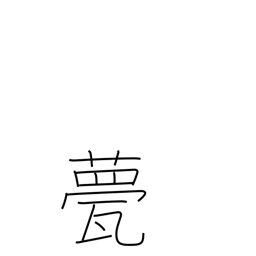
Meaning: roof tile